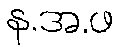
န.အ.ဖ